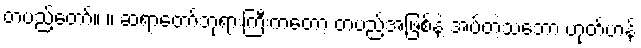
တပည့်တော်။ ။ ဆရာတော်ဘုရားကြီးကတော့ တပည့်အဖြစ်နဲ့ အပ်တဲ့သဘော ဟုတ်ဟန်